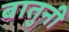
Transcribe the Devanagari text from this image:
बातुनी